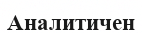
Аналитичен